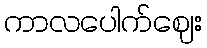
ကာလပေါက်ဈေး